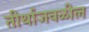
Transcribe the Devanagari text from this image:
तीर्थाजवळील